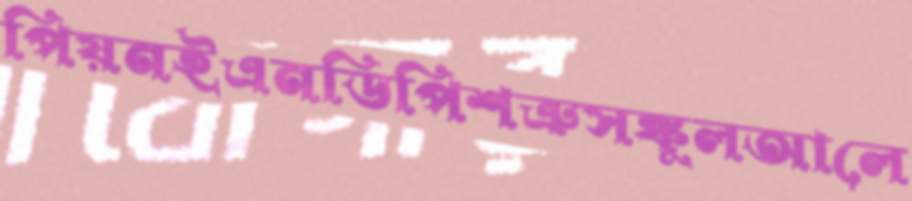
পিয়নইএনডিপিশত্রুসঙ্কুলআলে